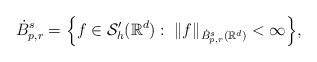
\begin{align*}\dot{B}_{p,r}^{s}=\Big\{f \in \mathcal{S}'_h(\mathbb{R}^{d}):\; \|f\|_{\dot{B}_{p,r}^{s}(\mathbb{R}^{d})}< \infty \Big\},\end{align*}